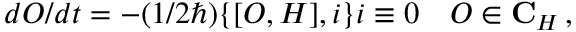
d { \cal O } / d t = - ( 1 / 2 \hbar ) \{ [ { \cal O } , { \cal H } ] , i \} i \equiv 0 \quad { \cal O } \in { \bf C } _ { H } \, ,